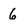
Character: 6